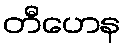
တီဟေန